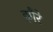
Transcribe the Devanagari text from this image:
झौरे